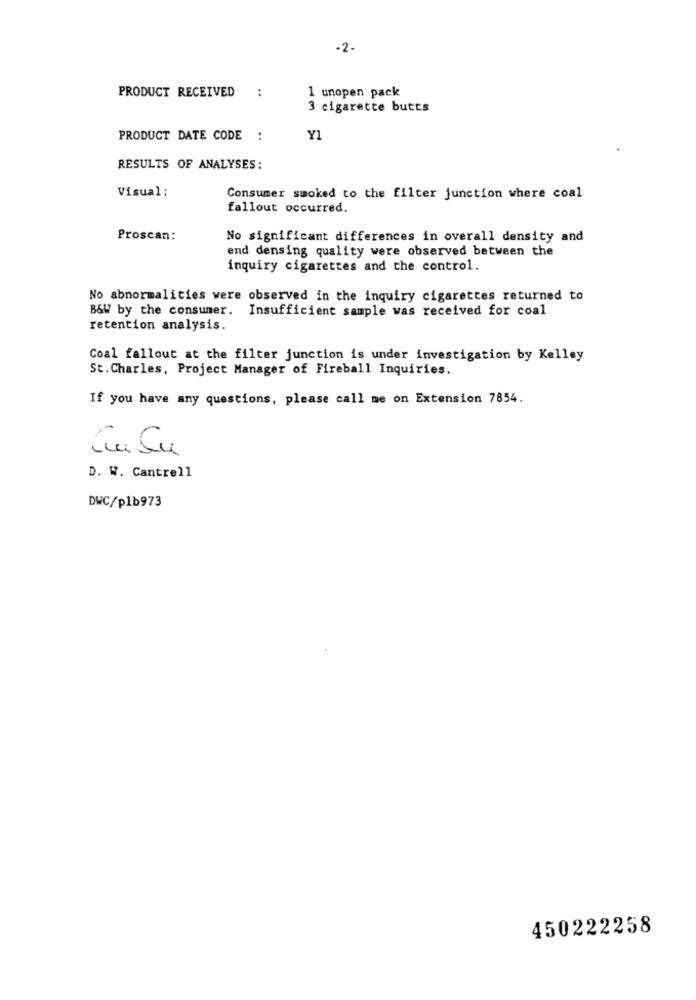
-2.
:
PRODUCT RECEIVED
1 unopen pack
3 cigarette butts
PRODUCT DATE CODE :
Y1
RESULTS OF ANALYSES:
Visual:
Consumer smoked to the filter junction where coal
fallout occurred.
Proscan:
No significant differences in overall density and
end densing quality were observed between the
inquiry cigarettes and the control.
No abnormalities were observed in the inquiry cigarettes returned to
B&W by the consumer. Insufficient sample was received for coal
retention analysis.
Coal fallout at the filter junction is under investigation by Kelley
St.Charles, Project Manager of Fireball Inquiries.
If you have any questions, please call me on Extension 7854.
La Su
D. W. Cantrell
DWC/plb973
450222258